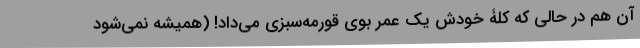
آن هم در حالی که کلۀ خودش یک عمر بوی قورمه‌سبزی می‌داد! (همیشه نمی‌شود